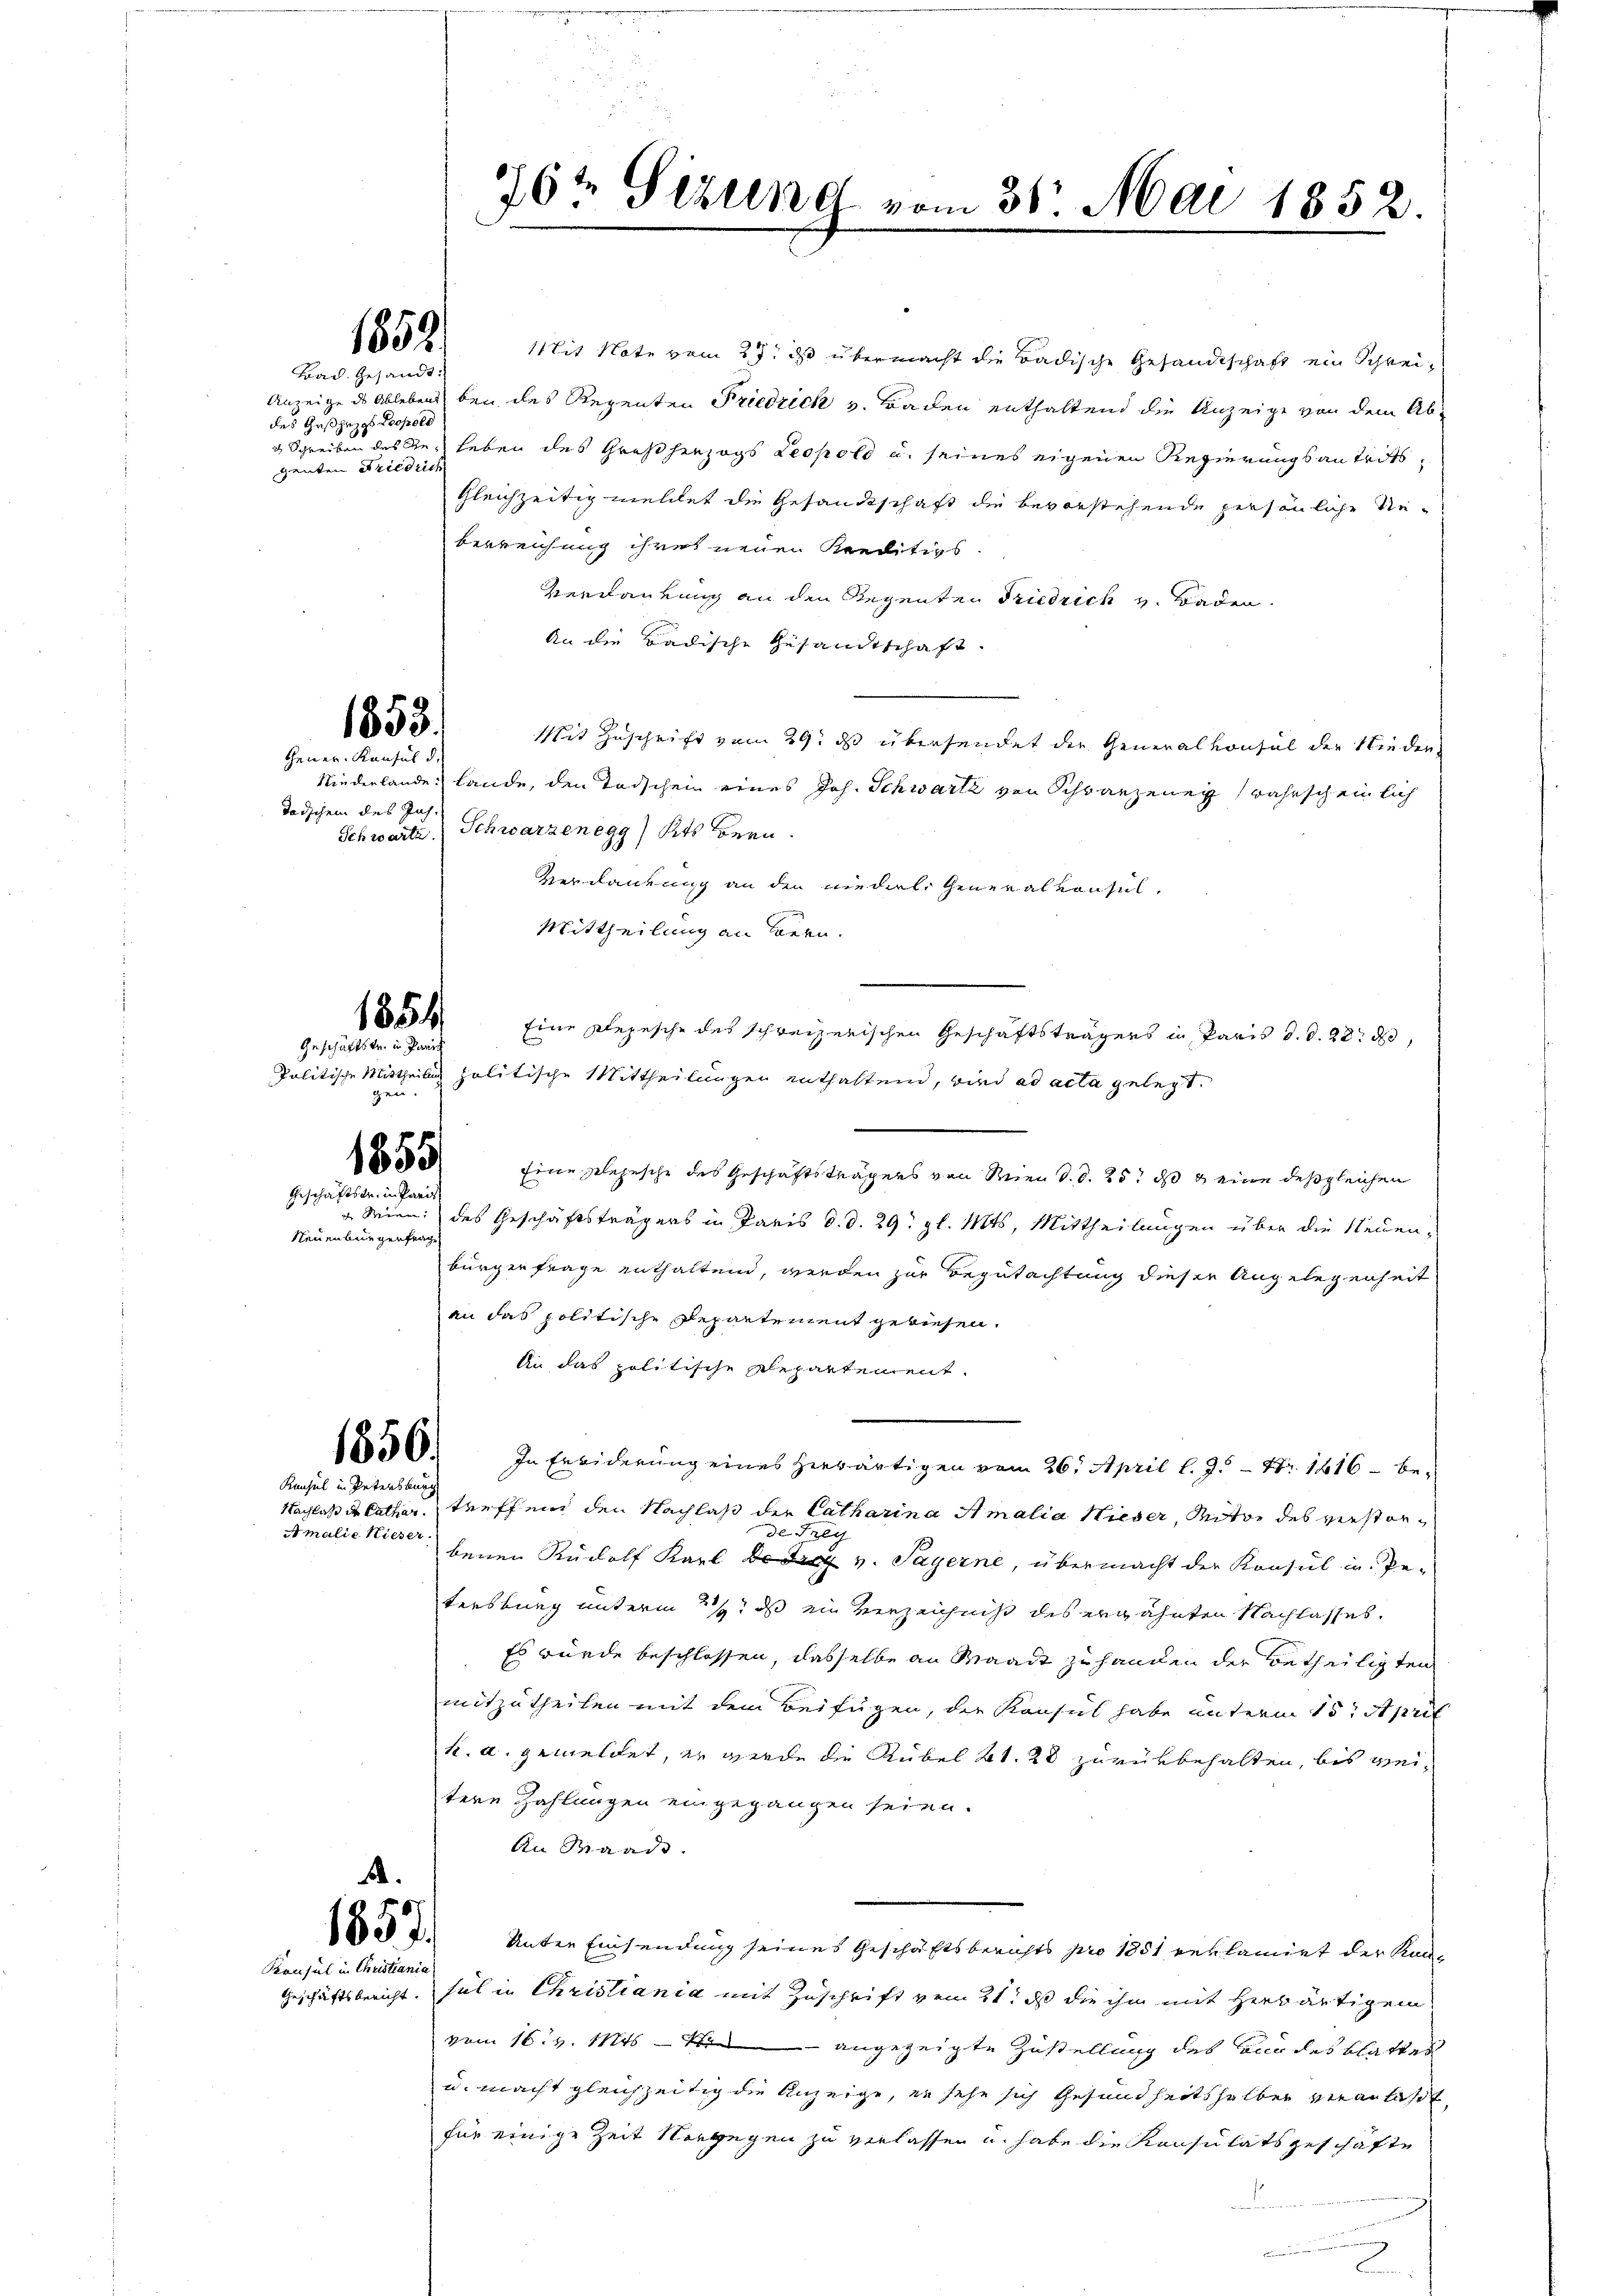
Bad. Gesandt:
des Gesezgs Leopold
genten Friedrich

1852.

1853.

Gener Konsul d.
Todschen des Jah¬

1854

Geschäftstr. in Parisch
ge

1855
Geschäftstr. in Paris

Neuenburgenfrage

Konsul in Petersburg
Nachlaß der Cathiar.
Amalie Nieser

.

Konsul in Christiania
Geschäftsbericht.

it Note vom 27. ds übermacht die Badische Gesandtschaft ein Schrei¬
Anzeige ds Ablebens bei des Regenten Friedrich v. Baden enthaltend die Anzeige von dem Ab-
3 Schreiben des Ges Leben des Großherzogs Leopold u. seines eigenen Regierungsantreitsgleichzeitig meldet die Gesandtschaft die bevorstehende persönliche Neberreichung ihres neuen Kreditivs.
Verdankung an den Regenten Friedrich v. Baden
An die Badische Gesandtschaft.
Mit Zuschrift vom 29t ds übersendet die Generalkonsul der Nieder
Niederlande Lande, den Todschein eines Joh. Schwartz von Schwarzeneÿ (wahrscheinlich
Schwarte Schwarzenegg, Kts Bern.
Verdankung an den niederl. Generalkonsul-
Mittheilung an Bern.
Eine Depesche des schweizerischen Geschäftsträgers in Paris d. d. 28. d
Politische Mittheilig politische Mittheilungen enthaltend, wird ad acta gelegt.
Eine Depesche des Geschäftsträgers von Wien d. d. 25. ds g eine desgleichen
u Wien des Geschäftsträgers in Paris d. d. 29. gl. Mts. Mittheilungen über die Neuenbürgerfrage enthaltend, werden zur Begutachtung dieser Angelegenheit
an das politische Departement gewiesen.
An das politische Repartement
1850. In Erbiderung eines herwärtigen vom 26. April l. J. - Nr. 1416 - be-
treffend den Nachlaß der Catharina Amalia Nieser, Miter des verstorde Freu
benen Rudolf Karl de der v. Payerne, übermacht der Konsul in Pe-
tersburg unterm 2. ds ein Verzeichnis des erwähnten Nachlasses.
Es würde beschlossen, dasselbe an Waadt zu handen der betheiligten
mitzutheilen mit dem Beifügen, die Konsul habe unterm 15t April
k. a. gemeldet, er werde die Kübel Kt. 28 zurükbehalten, bis weitere Zahlungen eingegangen seien.
An Baade.
 7. Unter Einsendung seines Geschäftsberichts pro 1851 reklamiet der Kansul in Christiania mit Zuschrift vom 21. ds die ihm mit herwärtigem
vom 16. v. Mts. — Si angezeigte Zustellung des Für des blatter
u. macht gleichzeitig die Anzeige, er sehe sich Gesundheitshalben veranlaßt,
für einige Zeit vorgegen zu verlassen u. habe die Konsulatsgeschäfte

1764 Sizung vom 31. Mai 1852.